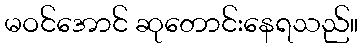
မဝင်အောင် ဆုတောင်းနေရသည်။